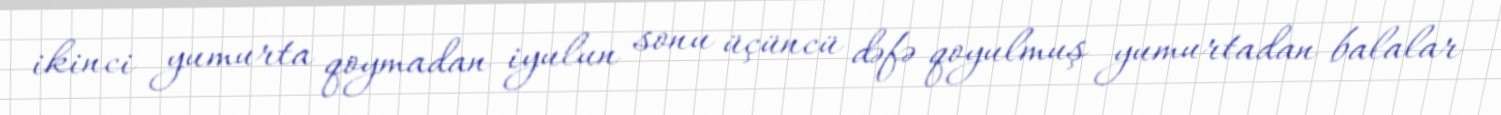
ikinci yumurta qoymadan iyulun sonu üçüncü dəfə qoyulmuş yumurtadan balalar